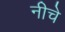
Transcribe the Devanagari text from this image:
नीचे